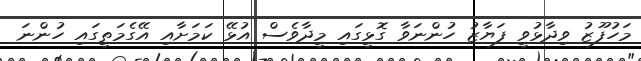
މަހުފޫޒު ވިދާޅުވީ ފަޔާޒު ހުންނަވާ ގޮޅީގައި މީދާވެސް އުޅޭ ކަމަށާއި އޭގެމަތީގައި ހުންނަ